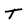
Character: T